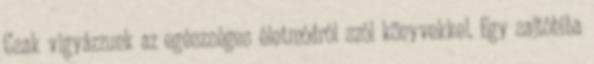
Csak vigyázzunk az egészséges életmódról szól könyvekkel. Egy sajtóhiba